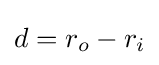
d=r_{o}-r_{i}